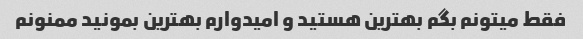
فقط میتونم بگم بهترین هستید و امیدوارم بهترین بمونید ممنونم